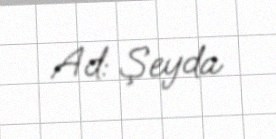
Ad: Şeyda